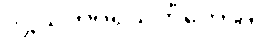
ဒိဋ္ဌသုတပရိသင်္ကိတောတိ